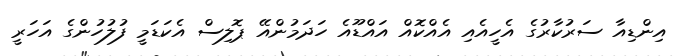
އިންޑިއާ ސަރުކާރުގެ އެހީއެއި އެއްކޮއް އައްޑޫއެ ހަދަމުންއޭ ޕޮލިސް އެކަޑަމީ ފުލުހުންގެ އަހަރީ